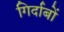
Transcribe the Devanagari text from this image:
गिर्दाबों